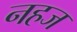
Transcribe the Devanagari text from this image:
नहज